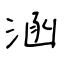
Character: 涵